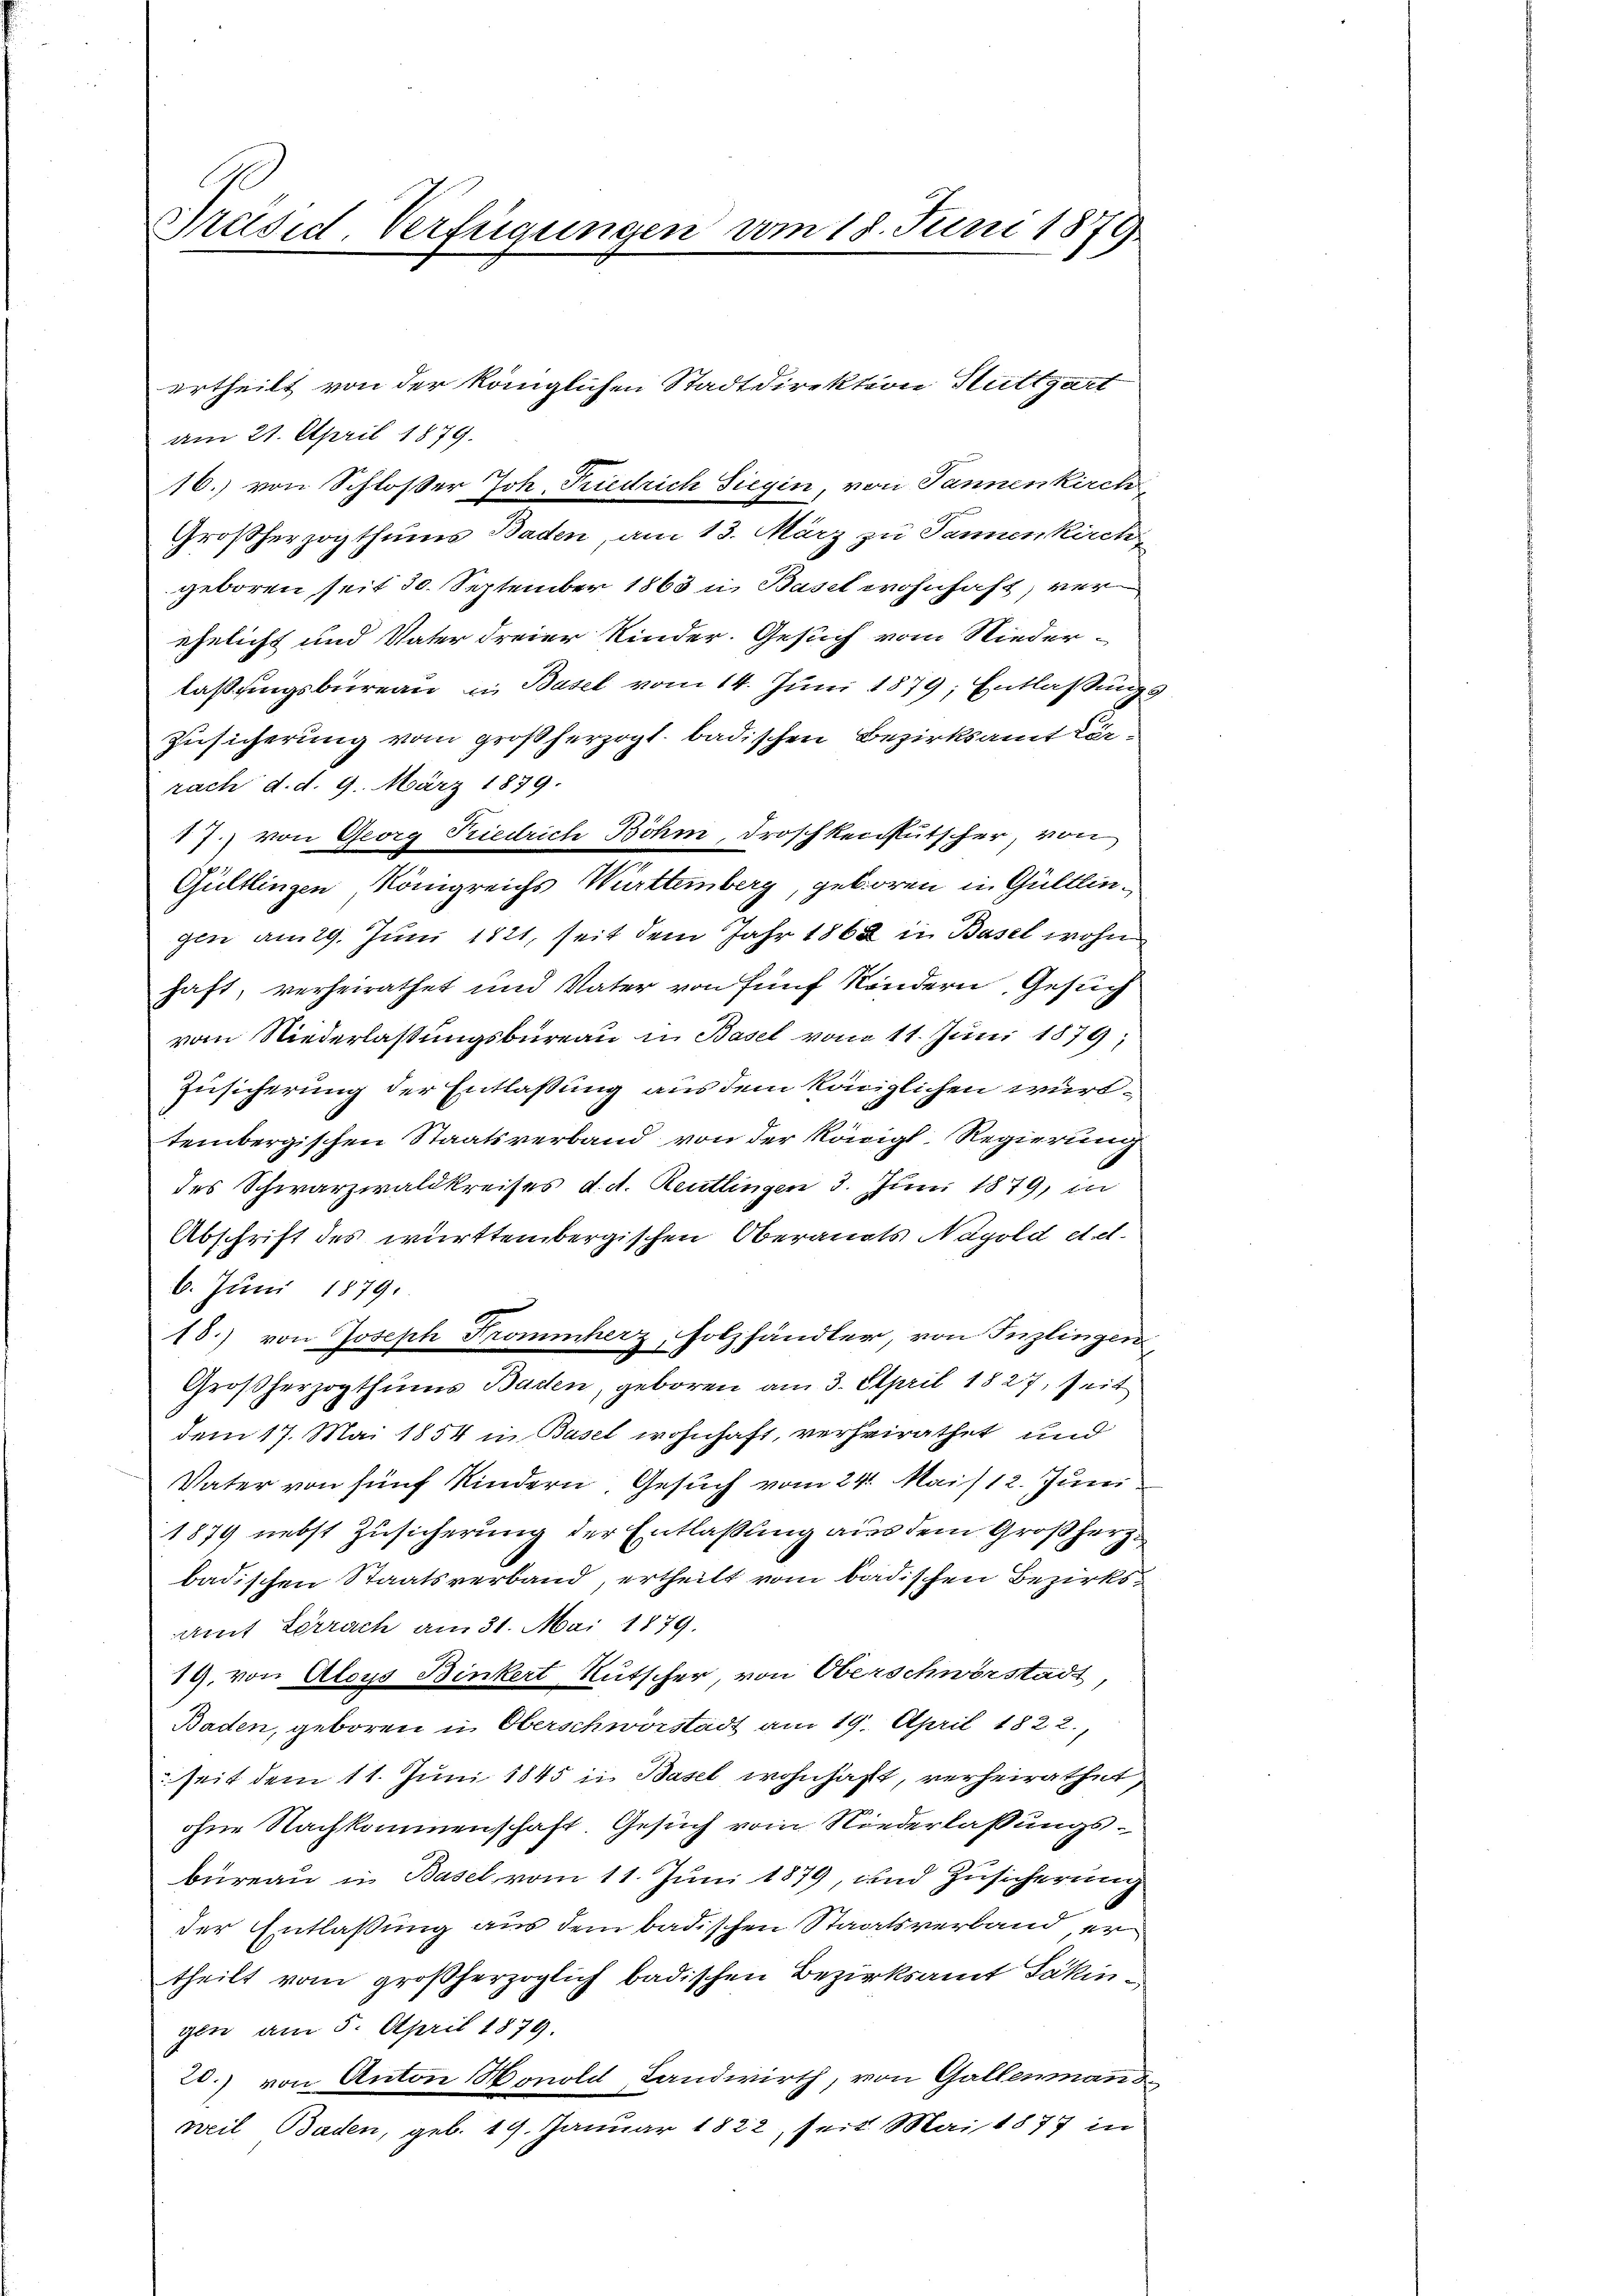
E
Präsid. Verfügungen vom 18. Juni 1879

ertheilt von der königlichen Stadtdirektion Stuttgart
am 21. April 1879.
Großherzogthums Baden, am 13. März zu Tannenkirch
geboren seit 30. September 1863 u. Basel wohnhaft, ver
ehelicht und Vater dreier Kinder. Gesuch vom Niederlaßungsbureau in Basel vom 14. Juni 1879; Entlaßungs
Zusicherung vom großherzogl. badischen Bezirksamt Karrach d. d. 9. März 1879.
17.) von Georg Friedrich Böhm, Droschkeitkutscher, von
Gültlingen Königreichs Württemberg, geboren in Gültlingen am 29. Juni 1821, seit dem Jahr 1862 in Basel wohn
haft, verheirathet und Vater von fünf Kindern, Gesuch
vom Niederlassungsbureau in Basel vom 11. Juni 1879;
Zusicherung der Entlaßung aus dem königlichen wurdtembergischen Staatsverband von der Königl. Regierung
des Schwarzwaldkreises d. d. Reutlingen 3. Juni 1879, in
Abschrift des württembergischen Oberanats Napold d. d.
6. Juni 1879.
18.) von Joseph Trommherz, Holzhändler, von Inzlingen,
Großherzogthums Baden, geboren am 3. April 1827, seit
dem 17. Mai 1854 in Basel wohnhaft, verheirathet und
Vater von fünf Kindern, Gesuch vom 24. Mais 12. Juni
1879 nebst Zusicherung der Entlaßung aus dem Großherz
badischen Staatsverband, ertheilt vom badischen Bezirksamt Lörrach am 31. Mai 1879.
19. von Aloys Binkert Rutscher, von Oberschwörstadt,
Baden, geboren in Oberschwörstadt am 19. April 1822,
seit dem 11. Jŭni 1845 in Basel wohnhaft, verheirathet
ohne Nachkommenschaft. Gesuch vom Niederlassungsbüreau in Basel vom 11. Juni 1879, und Zusicherung
der Entlaßung aus dem badischen Staatsverband, er
theilt vom großherzoglich badischen Bezirksamt Säkingen am 5. April 1879.
20.) von Anton Honold Landwirth, von Gallenmanns
weil Baden, geb. 19. Januar 1822, seit Mai 1877 in

16.) von Schloßer Joh. Friedrich Siegen, von Jannenkirch

2